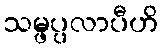
သမ္ဖပ္ပလာပီဟိ